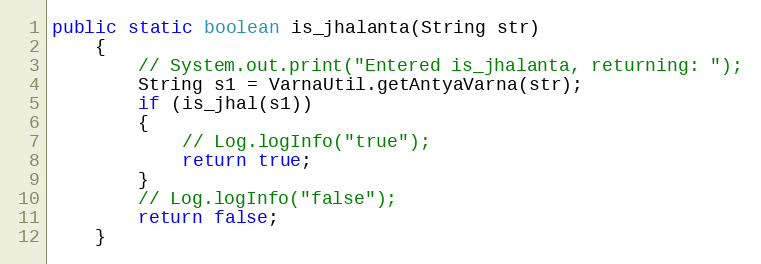
Language: Java
public static boolean is_jhalanta(String str)
    {
        // System.out.print("Entered is_jhalanta, returning: ");
        String s1 = VarnaUtil.getAntyaVarna(str);
        if (is_jhal(s1))
        {
            // Log.logInfo("true");
            return true;
        }
        // Log.logInfo("false");
        return false;
    }